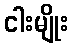
ငါးမျိုး